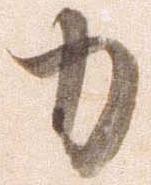
力